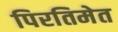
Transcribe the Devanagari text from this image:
पिरतिमेत